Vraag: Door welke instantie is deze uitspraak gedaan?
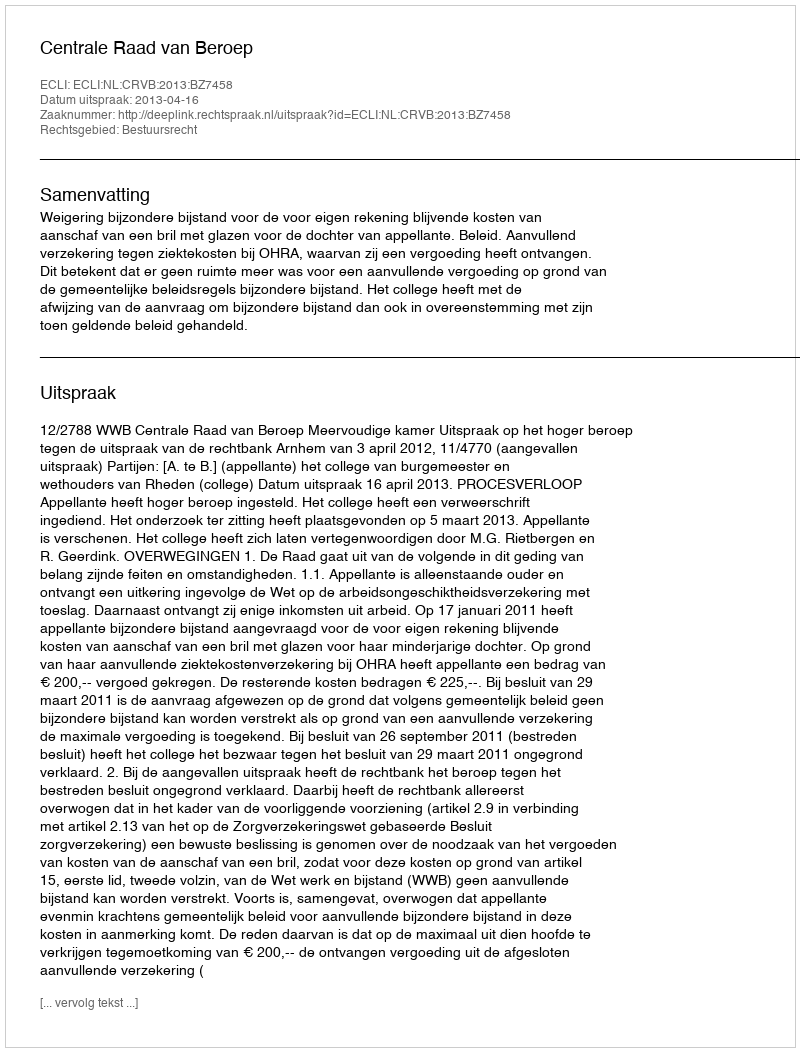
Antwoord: Centrale Raad van Beroep